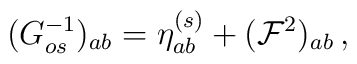
(G^{-1}_{os})_{ab} = \eta_{ab}^{(s)} + ({\cal F}^2)_{ab} \, ,